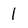
Character: 1